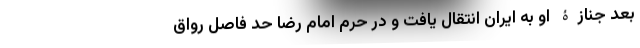
بعد جنازۀ او به ایران انتقال یافت و در حرم امام رضا حد فاصل رواق